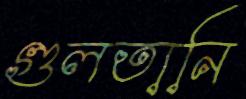
গুলতানি